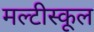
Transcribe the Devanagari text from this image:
मल्टीस्कूल